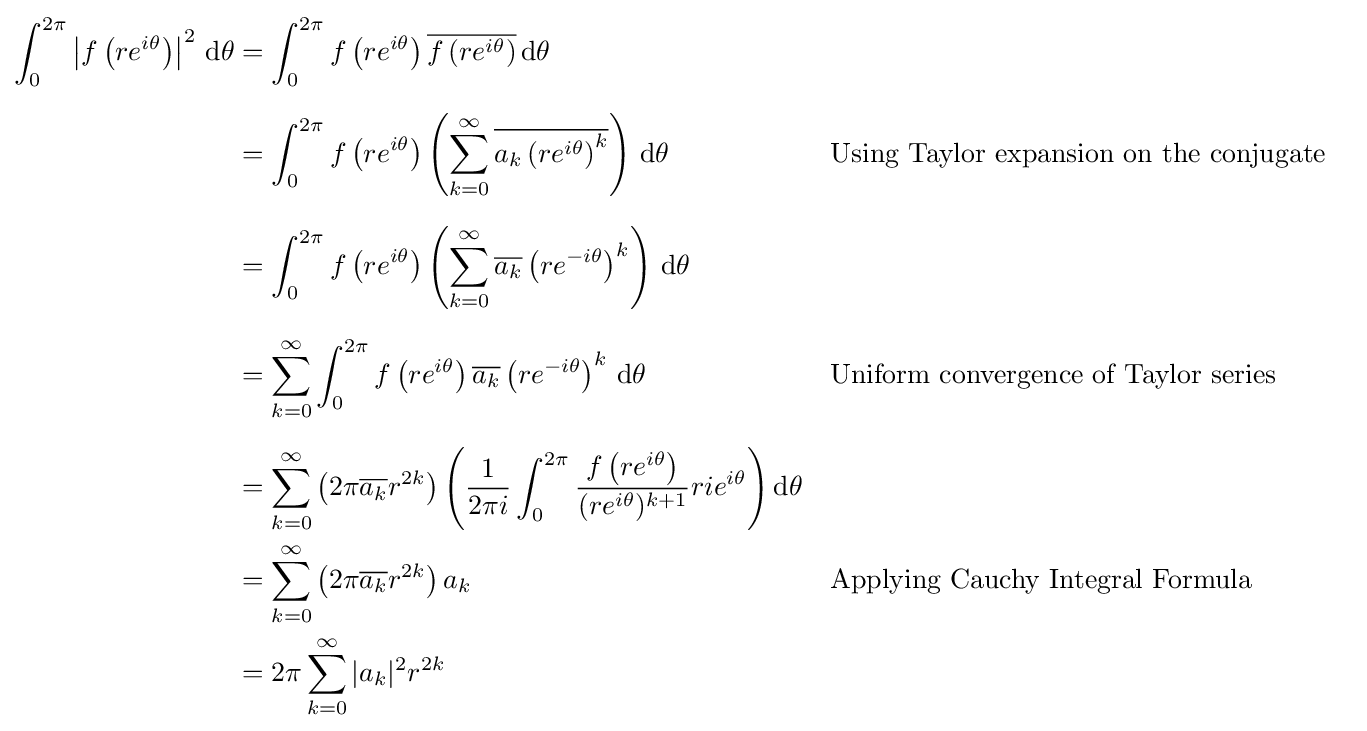
{\begin{aligned}\int _{0}^{2\pi }\left|f\left(re^{i\theta }\right)\right|^{2}\,\mathrm {d} \theta &=\int _{0}^{2\pi }f\left(re^{i\theta }\right){\overline {f\left(re^{i\theta }\right)}}\,\mathrm {d} \theta \\[6pt]&=\int _{0}^{2\pi }f\left(re^{i\theta }\right)\left(\sum _{k=0}^{\infty }{\overline {a_{k}\left(re^{i\theta }\right)^{k}}}\right)\,\mathrm {d} \theta &&{\text{Using Taylor expansion on the conjugate}}\\[6pt]&=\int _{0}^{2\pi }f\left(re^{i\theta }\right)\left(\sum _{k=0}^{\infty }{\overline {a_{k}}}\left(re^{-i\theta }\right)^{k}\right)\,\mathrm {d} \theta \\[6pt]&=\sum _{k=0}^{\infty }\int _{0}^{2\pi }f\left(re^{i\theta }\right){\overline {a_{k}}}\left(re^{-i\theta }\right)^{k}\,\mathrm {d} \theta &&{\text{Uniform convergence of Taylor series}}\\[6pt]&=\sum _{k=0}^{\infty }\left(2\pi {\overline {a_{k}}}r^{2k}\right)\left({\frac {1}{2{\pi }i}}\int _{0}^{2\pi }{\frac {f\left(re^{i\theta }\right)}{(re^{i\theta })^{k+1}}}{rie^{i\theta }}\right)\mathrm {d} \theta \\&=\sum _{k=0}^{\infty }\left(2\pi {\overline {a_{k}}}r^{2k}\right)a_{k}&&{\text{Applying Cauchy Integral Formula}}\\&={2\pi }\sum _{k=0}^{\infty }{|a_{k}|^{2}r^{2k}}\end{aligned}}